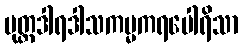
ပုတ္တဒါရဒါသကမ္မကရပေါရိသာ